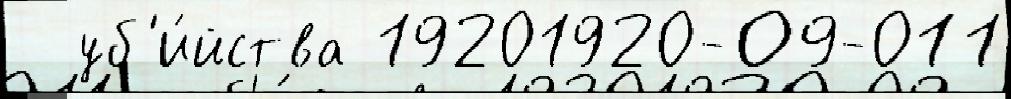
  уб'и́йства 19201920-09-011